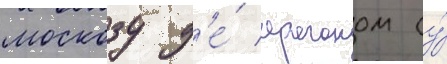
москозу д'е́ араганом (у́